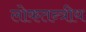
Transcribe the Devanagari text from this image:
लोकतन्त्रीय